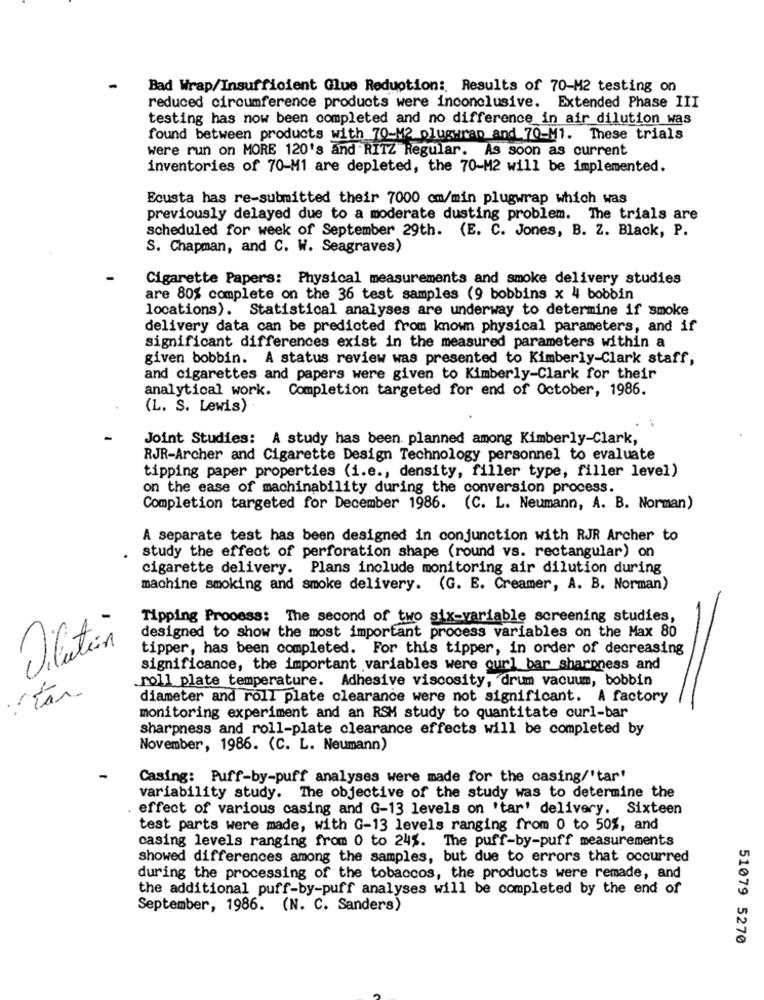
Bad Wrap/Insufficient Glue Reduction :, Results of 70-M2 testing on
reduced circumference products were inconclusive. Extended Phase III
testing has now been completed and no difference in air dilution was
found between products with 70-M2 pluguran and 70-M1. These trials
were run on MORE 120's and RITZ Regular. As soon as current
inventories of 70-M1 are depleted, the 70-M2 will be implemented.
Ecusta has re-submitted their 7000 cm/min plugwrap which was
previously delayed due to a moderate dusting problem. The trials are
scheduled for week of September 29th. (E. C. Jones, B. Z. Black, P.
S. Chapman, and C. W. Seagraves)
Cigarette Papers: Physical measurements and smoke delivery studies
are 80% complete on the 36 test samples (9 bobbins x 4 bobbin
locations). Statistical analyses are underway to determine if smoke
delivery data can be predicted from known physical parameters, and if
significant differences exist in the measured parameters within a
given bobbin. A status review was presented to Kimberly-Clark staff,
and cigarettes and papers were given to Kimberly-Clark for their
analytical work. Completion targeted for end of October, 1986.
(L. S. Lewis)
Joint Studies: A study has been. planned among Kimberly-Clark,
RJR-Archer and Cigarette Design Technology personnel to evaluate
tipping paper properties (i.e ., density, filler type, filler level)
on the ease of machinability during the conversion process.
Completion targeted for December 1986. (C. L. Neumann, A. B. Norman)
A separate test has been designed in conjunction with RJR Archer to
study the effect of perforation shape (round vs. rectangular) on
cigarette delivery. Plans include monitoring air dilution during
machine smoking and smoke delivery. (G. E. Creamer, A. B. Norman)
Tipping Process: The second of two six-variable screening studies,
designed to show the most important process variables on the Max 80
Dilation
tipper, has been completed. For this tipper, in order of decreasing
significance, the important variables were curl bar sharpness and
roll plate temperature. Adhesive viscosity, drum vacuum, bobbin
diameter and roll plate clearance were not significant. A factory
monitoring experiment and an RSM study to quantitate curl-bar
sharpness and roll-plate clearance effects will be completed by
November, 1986. (C. L. Neumann)
Casing: Puff-by-puff analyses were made for the casing/'tar'
variability study. The objective of the study was to determine the
effect of various casing and G-13 levels on 'tar' delivery. Sixteen
test parts were made, with G-13 levels ranging from 0 to 50%, and
casing levels ranging from 0 to 24%. The puff-by-puff measurements
showed differences among the samples, but due to errors that occurred
during the processing of the tobaccos, the products were remade, and
the additional puff-by-puff analyses will be completed by the end of
September, 1986. (N. C. Sanders)
51079 5270